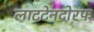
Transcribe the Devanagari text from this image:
लाटटेनदोरफ